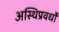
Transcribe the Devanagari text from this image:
अस्थिप्रवर्धों